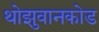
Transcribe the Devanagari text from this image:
थोझुवानकोड